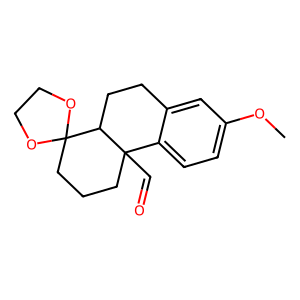
SMILES: COc1ccc2c(c1)CCC1C3(CCCC21C=O)OCCO3
Inhibits HIV replication: No